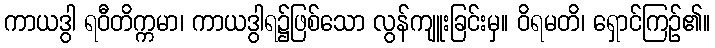
ကာယဒွါ ရဝီတိက္ကမာ၊ ကာယဒွါရ၌ဖြစ်သော လွန်ကျူးခြင်းမှ။ ဝိရမတိ၊ ရှောင်ကြဉ်၏။